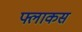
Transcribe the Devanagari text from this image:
फ्लाकस